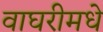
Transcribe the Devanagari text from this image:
वाघरीमधे